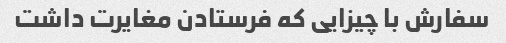
سفارش با چیزایی که فرستادن مغایرت داشت